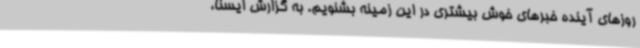
روزهای آینده خبرهای خوش بیشتری در این زمینه بشنویم. به گزارش ایسنا،